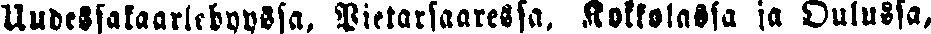
Uudessakaarlepyyssä, Pietarsaaressa, Kokkolassa ja Oulussa,